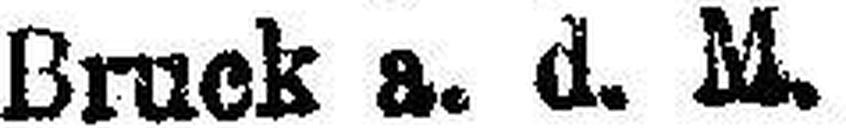
Bruck a. d. M.